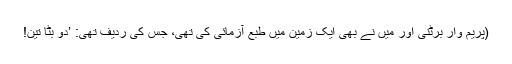
(پریم وار برٹنی اور میں نے بھی ایک زمین میں طبع آزمائی کی تھی، جس کی ردیف تھی: ’دو بٹا تین!